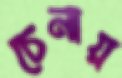
চেনায়